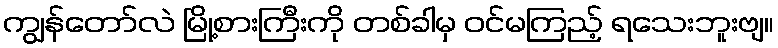
ကျွန်တော်လဲ မြို့စားကြီးကို တစ်ခါမှ ဝင်မကြည့် ရသေးဘူးဗျ။